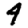
Digit: 4